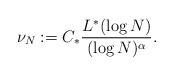
LaTeX: \begin{align*} \nu_N := C_* \frac{L^*(\log N)}{(\log N)^\alpha}.\end{align*}